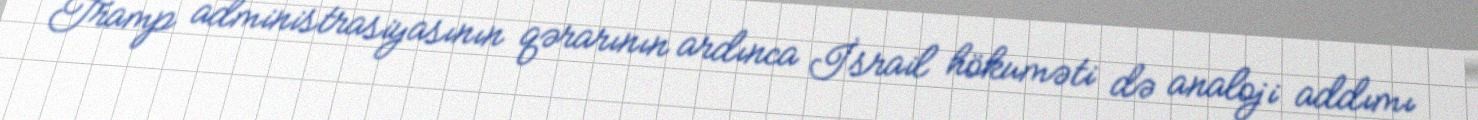
Tramp administrasiyasının qərarının ardınca İsrail hökuməti də analoji addımı